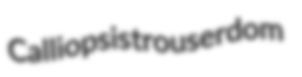
Calliopsis trouserdom